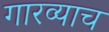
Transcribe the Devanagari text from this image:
गारव्याच